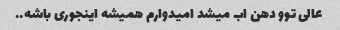
عالی توو دهن اب میشد امیدوارم همیشه اینجوری باشه..